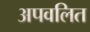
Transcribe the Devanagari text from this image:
अपवलित